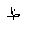
Letter: _za